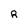
Character: R